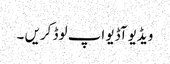
ویڈیو آڈیو اپ لوڈ کریں ۔